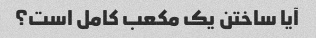
آیا ساختن یک مکعب کامل است؟